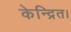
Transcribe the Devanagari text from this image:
केन्द्रित।